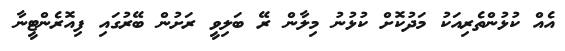
އެއް ކުޅުންތެރިއަކު މަދުކޮށް ކުޅުނު މިލާން ރޭ ބަލިވީ ރަށުން ބޭރުގައި ފިއޮރެންޓީނާ